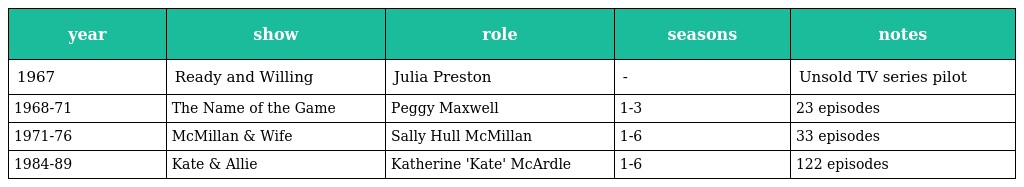
| year | show | role | seasons | notes |
 | --- | --- | --- | --- | --- |
 | 1967 | Ready and Willing | Julia Preston | - | Unsold TV series pilot |
 | 1968-71 | The Name of the Game | Peggy Maxwell | 1-3 | 23 episodes |
 | 1971-76 | McMillan & Wife | Sally Hull McMillan | 1-6 | 33 episodes |
 | 1984-89 | Kate & Allie | Katherine 'Kate' McArdle | 1-6 | 122 episodes |